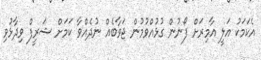
އެކަމަކު އަލީ އާމިރަށް ފޯނުން ގުޅުއްވުމުން ޖަވާބެއް ނުދެއްވާ ކަމަށް ޝަރީފް ވިދާޅުވި